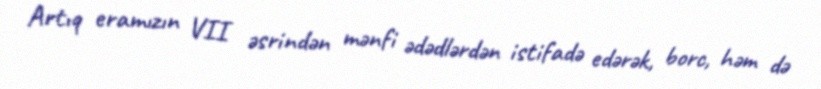
Artıq eramızın VII əsrindən mənfi ədədlərdən istifadə edərək, borc, həm də